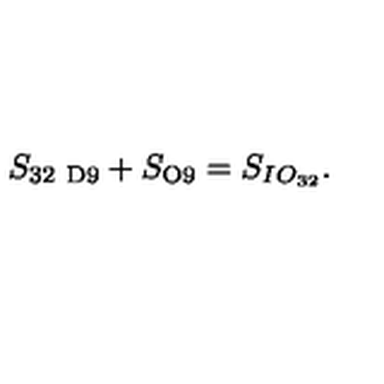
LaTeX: S _ { \mathrm { 3 2 \ D 9 } } + S _ { \mathrm { O 9 } } = S _ { I O _ { 3 2 } } .